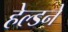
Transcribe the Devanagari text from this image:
हेल्डने